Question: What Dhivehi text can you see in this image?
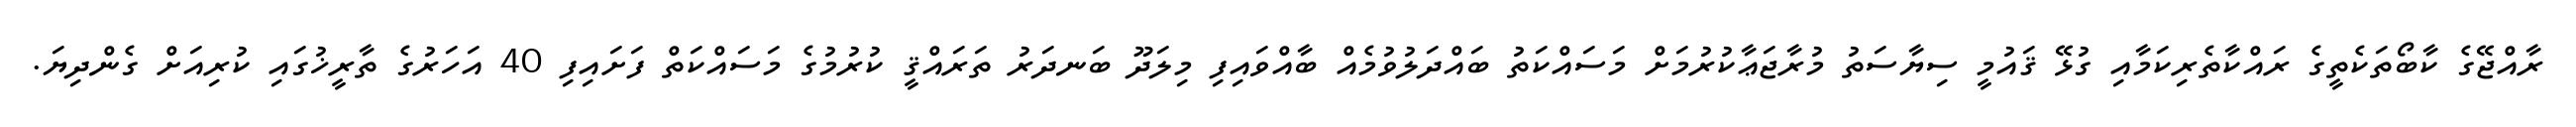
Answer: ރާއްޖޭގެ ކާބޯތަކެތީގެ ރައްކާތެރިކަމާއި ގުޅޭ ޤައުމީ ސިޔާސަތު މުރާޖަޢާކުރުމަށް މަސައްކަތު ބައްދަލުވުމެއް ބާއްވައިފި މިލަދޫ ބަނދަރު ތަރައްޤީ ކުރުމުގެ މަސައްކަތް ފަށައިފި 40 އަހަރުގެ ތާރީޚުގައި ކުރިއަށް ގެންދިޔަ.